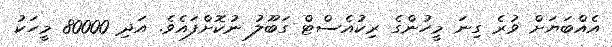
އެއްބަޔަށް ވުރެ ގިނަ މީހުންގެ ރިކުއެސްޓް ގަބޫލު ނުކޮށްފައެވެ. އަދި 80000 މީހަކު